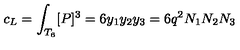
c _ { \small L } = \int _ { T _ { 6 } } [ P ] ^ { 3 } = 6 y _ { 1 } y _ { 2 } y _ { 3 } = 6 q ^ { 2 } N _ { 1 } N _ { 2 } N _ { 3 }